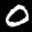
Label: 0